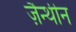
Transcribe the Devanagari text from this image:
ज़ैन्थीन